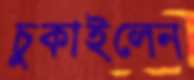
চুকাইলেন